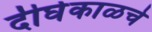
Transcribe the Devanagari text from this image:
दीर्घकाळचे